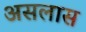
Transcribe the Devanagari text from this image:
असलास